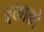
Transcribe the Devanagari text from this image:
इलाक़ो